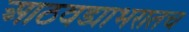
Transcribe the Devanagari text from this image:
आठवड्याभरातच